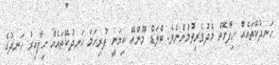
ހަނދުކޭތައެއް ހިފާގޮތް މެދުވެރިވުމުންނެވެ. ބްލަޑް މޫންއޭ ކިޔަނީ ފުރިހަމަ ހަނދުކޭތައެއް ހިފާއިރު ހަނދުގެ